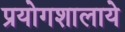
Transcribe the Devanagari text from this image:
प्रयोगशालाये